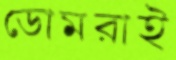
ডোমরাই